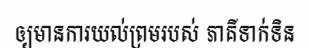
ឲ្យមានការយល់ព្រមរបស់ ភាគីទាក់ទិន